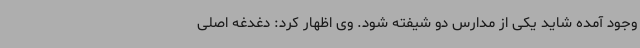
وجود آمده شاید یکی از مدارس دو شیفته شود. وی اظهار کرد: دغدغه اصلی